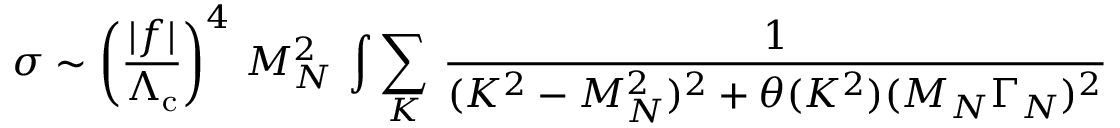
\sigma \sim \left( \frac { | f | } { \Lambda _ { \mathrm { c } } } \right) ^ { 4 } \, M _ { N } ^ { 2 } \, \int \sum _ { K } \, \frac { 1 } { ( K ^ { 2 } - M _ { N } ^ { 2 } ) ^ { 2 } + \theta ( K ^ { 2 } ) ( M _ { N } \Gamma _ { N } ) ^ { 2 } }